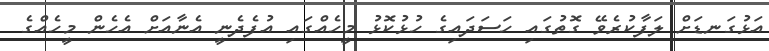
އަޅުގަނޑަށް ލަފާކުރެވޭ ގޮތުގައި ހަސަދައިގެ ހުޅުކޮޅު މީހެއްގައި އުފެދެނީ އެނާއަށް އެހެން މީހެއްގެ